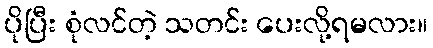
ပိုပြီး စုံလင်တဲ့ သတင်း ပေးလို့ရမလား။